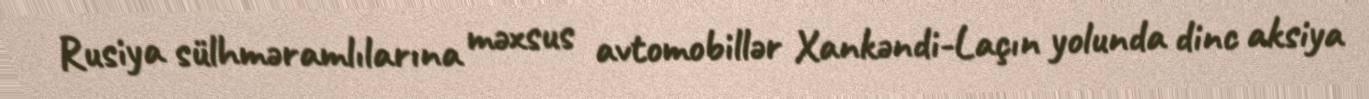
Rusiya sülhməramlılarına məxsus avtomobillər Xankəndi-Laçın yolunda dinc aksiya